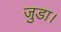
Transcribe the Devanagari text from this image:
जुडा।